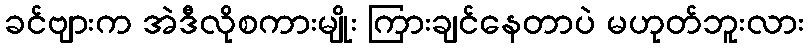
ခင်ဗျားက အဲဒီလိုစကားမျိုး ကြားချင်နေတာပဲ မဟုတ်ဘူးလား